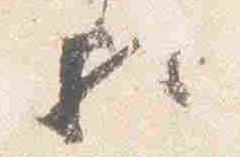
歟